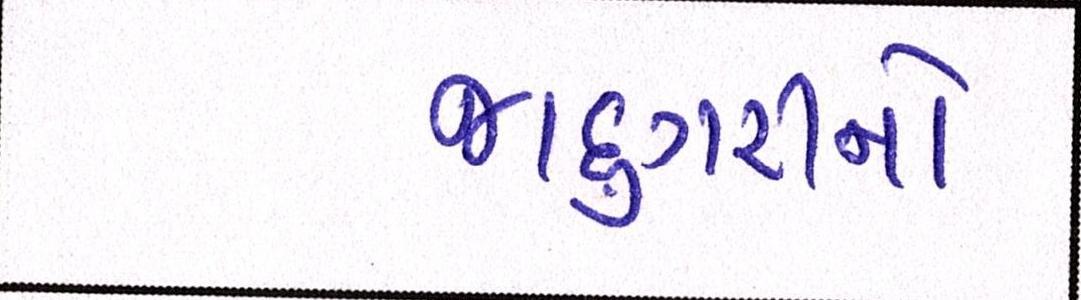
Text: જાદુગરીનો